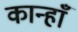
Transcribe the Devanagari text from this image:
कान्हाँ